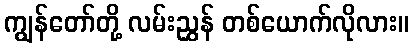
ကျွန်တော်တို့ လမ်းညွှန် တစ်ယောက်လိုလား။